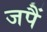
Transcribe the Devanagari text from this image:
जपैं